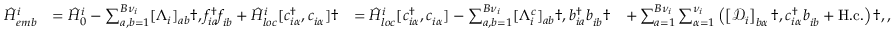
\begin{array} { r l r l } { \hat { H } _ { e m b } ^ { i } } & { = \hat { H } _ { 0 } ^ { i } - \sum _ { a , b = 1 } ^ { { B } \nu _ { i } } [ \Lambda _ { i } ] _ { a b } \dag , f _ { i a } ^ { \dagger } f _ { i b } ^ { \phantom { \dagger } } + \hat { H } _ { l o c } ^ { i } [ c _ { i \alpha } ^ { \dagger } , c _ { i \alpha } ^ { \phantom { \dagger } } ] \dag } & { = \hat { H } _ { l o c } ^ { i } [ c _ { i \alpha } ^ { \dagger } , c _ { i \alpha } ^ { \phantom { \dagger } } ] - \sum _ { a , b = 1 } ^ { B \nu _ { i } } [ \Lambda _ { i } ^ { c } ] _ { a b } \dag , b _ { i a } ^ { \dagger } b _ { i b } ^ { \phantom { \dagger } } \dag } & { + \sum _ { a = 1 } ^ { B { \nu } _ { i } } \sum _ { \alpha = 1 } ^ { \nu _ { i } } \left( \left[ \mathcal { D } _ { i } \right] _ { b \alpha } \dag , c _ { i \alpha } ^ { \dagger } b _ { i b } ^ { \phantom { \dagger } } + \mathrm { H . c . } \right) \dag , , } \end{array}